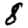
Digit: 8